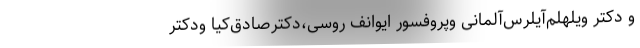
و دکتر ویلهلم‌آیلرس‌آلمانی وپروفسور ایوانف ‌روسی،دکترصادق‌کیا ودکتر